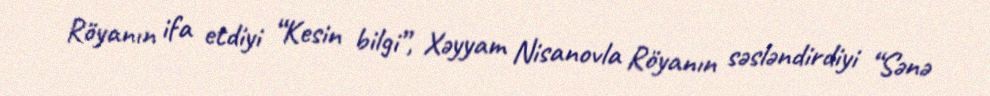
Röyanın ifa etdiyi “Kesin bilgi”, Xəyyam Nisanovla Röyanın səsləndirdiyi “Sənə